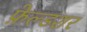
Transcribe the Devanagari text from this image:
फ़ेल्डशर